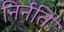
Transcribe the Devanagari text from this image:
निर्नति